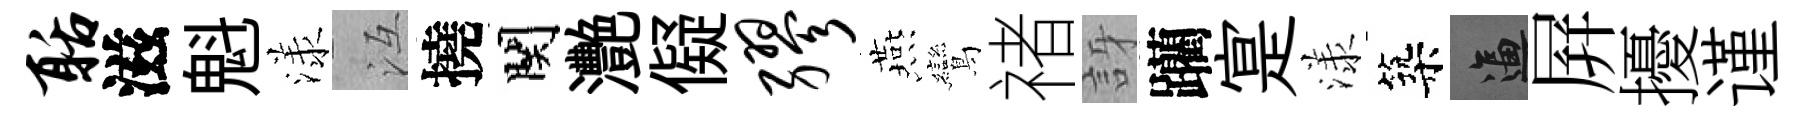
聒滋魁漾冱撓関灧儗缪燕鸞禇訝躪寔漾築逼屛擾谨